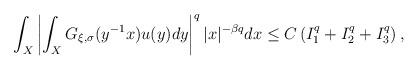
LaTeX: \begin{align*} \int_{X}\left|\int_{X}G_{\xi, \sigma}(y^{-1}x)u(y)dy\right|^{q}|x|^{-\beta q}dx\leq C\left(I^{q}_{1}+I^{q}_{2}+I^{q}_{3}\right), \end{align*}